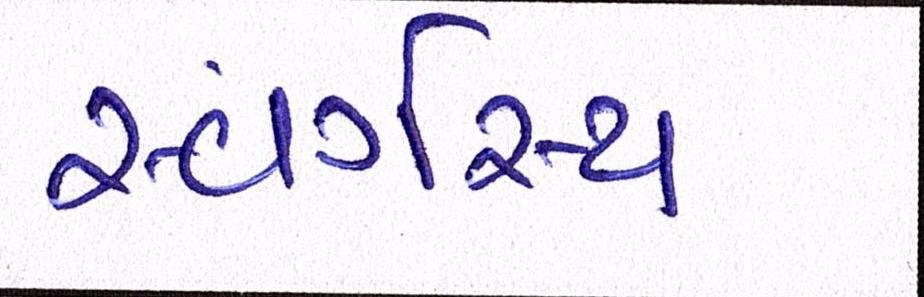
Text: સ્વર્ગસ્થ